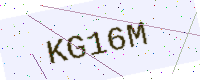
Text: KG16M